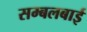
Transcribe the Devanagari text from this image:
सम्बलबाई